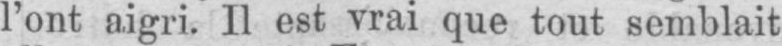
l’ont aigri. Il est vrai que tout semblait